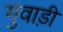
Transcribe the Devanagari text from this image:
गुवाड़ी